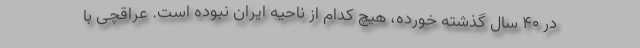
در 40 سال گذشته خورده، هیچ کدام از ناحیه ایران نبوده است. عراقچی با